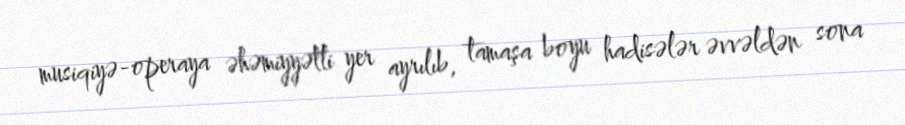
musiqiyə-operaya əhəmiyyətli yer ayrılıb, tamaşa boyu hadisələr əvvəldən sona